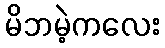
မိဘမဲ့ကလေး